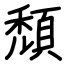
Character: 頹